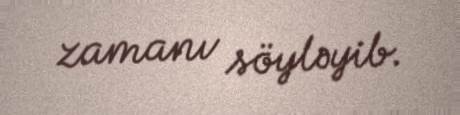
zamanı söyləyib.